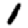
Digit: 1